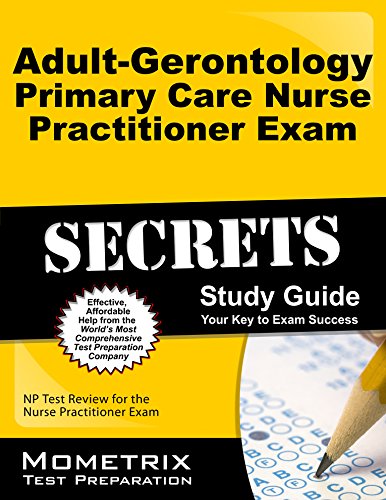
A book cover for Adult-Gerontology Primary Care Nurse Practitioner Exam Secrets Study Guide: NP Test Review for the Nurse Practitioner Exam; NP Exam Secrets Test Prep Team; Medical Books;